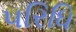
પરિધિ